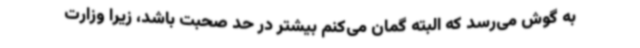
به گوش می‌رسد که البته گمان می‌کنم بیشتر در حد صحبت باشد، زیرا وزارت